Report of the veterinary officer investigating camel disease
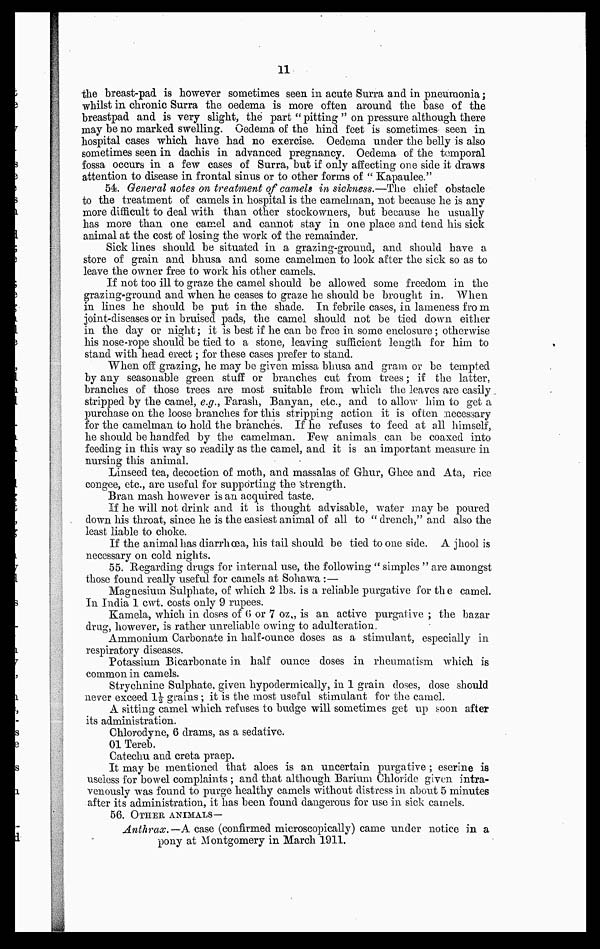
11
the breast-pad is however sometimes seen in acute Surra and in pneumonia ;
whilst in chronic Surra the oedema is more often around the base of the
breastpad and is very slight, the part " pitting " on pressure although there
may be no marked swelling. Oedema of the hind feet is sometimes seen in
hospital cases which have had no exercise. Oedema under the belly is also
sometimes seen in dachis in advanced pregnancy. Oedema of the temporal
fossa occurs in a few cases of Surra, but if only affecting one side it draws
attention to disease in frontal sinus or to other forms of " Kapaulee."
54. General notes on treatment of camels in sickness.—The chief obstacle
to the treatment of camels in hospital is the camelman, not because he is any
more difficult to deal with than other stockowners, but because he usually
has more than one camel and cannot stay in one place and tend his sick
animal at the cost of losing the work of the remainder.
Sick lines should be situated in a grazing-ground, and should have a
store of grain and bhusa and some camelmen to look after the sick so as to
leave the owner free to work his other camels.
If not too ill to graze the camel should be allowed some freedom in the
grazing-ground and when he ceases to graze he should be brought in. When
in lines he should be put in the shade. In febrile cases, in lameness fro m
joint-diseases or in bruised pads, the camel should not be tied down either
in the day or night ; it is best if he can be free in some enclosure ; otherwise
his nose-rope should be tied to a stone, leaving sufficient length for him to
stand with head erect ; for these cases prefer to stand.
When off grazing, he may be given missa bhusa and gram or be tempted
by any seasonable green stuff or branches cut from trees ; if the latter,
branches of those trees are most suitable from which the leaves are easily
stripped by the camel, e.g., Farash, Banyan, etc., and to allow him to get a
purchase on the loose branches for this stripping action it is often necessary
for the camelman to hold the branches. If he refuses to feed at all himself,
he should be handfed by the camelman. Few animals can be coaxed into
feeding in this way so readily as the camel, and it is an important measure in
nursing this animal.
Linseed tea, decoction of moth, and massalas of Ghur, Ghee and Ata, rice
congee, etc., are useful for supporting the strength.
Bran mash however is an acquired taste.
If he will not drink and it is thought advisable, water may be poured
down his throat, since he is the easiest animal of all to " drench," and also the
least liable to choke.
If the animal has diarrhoea, his tail should be tied to one side. A jhool is
necessary on cold nights.
55. Regarding drugs for internal use, the following " simples " are amongst
those found really useful for camels at Sohawa :—
Magnesium Sulphate, of which 2 lbs. is a reliable purgative for the camel.
In India 1 cwt. costs only 9 rupees.
Kamela, which in doses of 6 or 7 oz., is an active purgative ; the bazar
drug, however, is rather unreliable owing to adulteration.
Ammonium Carbonate in half-ounce doses as a stimulant, especially in
respiratory diseases.
Potassium Bicarbonate in half ounce doses in rheumatism which is
common in camels.
Strychnine Sulphate, given hypodermically, in 1 grain doses, dose should
never exceed 1½ grains ; it is the most useful stimulant for the camel.
A sitting camel which refuses to budge will sometimes get up soon after
its administration.
Chlorodyne, 6 drams, as a sedative.
01 Tereb.
Catechu and creta praep.
It may be mentioned that aloes is an uncertain purgative ; eserine is
useless for bowel complaints ; and that although Barium Chloride given intra-
venously was found to purge healthy camels without distress in about 5 minutes
after its administration, it has been found dangerous for use in sick camels.
56. OTHER ANIMALS—
Anthrax. —A case (confirmed microscopically) came under notice in a
pony at Montgomery in March 1911.